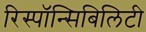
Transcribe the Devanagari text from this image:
रिस्पॉन्सिबिलिटी